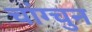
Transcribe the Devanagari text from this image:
चांग्चुन